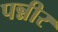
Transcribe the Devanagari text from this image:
पन्नीर